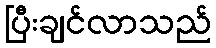
ပြီးချင်လာသည်